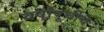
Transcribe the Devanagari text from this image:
वर्षांपूर्चीचे